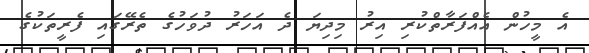
އެ މީހުން އެއްފަރާތްކުރި އިރު މިދިޔަ ދެ އަހަރު ދުވަހުގެ ތެރޭގައި ފެރީތަކުގެ